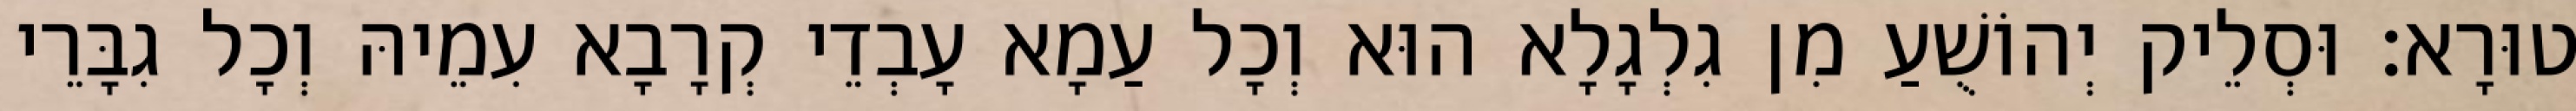
טוּרָא׃ וּסְלֵיק יְהוֹשֻׁעַ מִן גִלְגָלָא הוּא וְכָל עַמָא עָבְדֵי קְרָבָא עִמֵיהּ וְכָל גִבָּרֵי